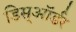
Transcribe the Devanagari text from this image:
डिस्ऑर्डर